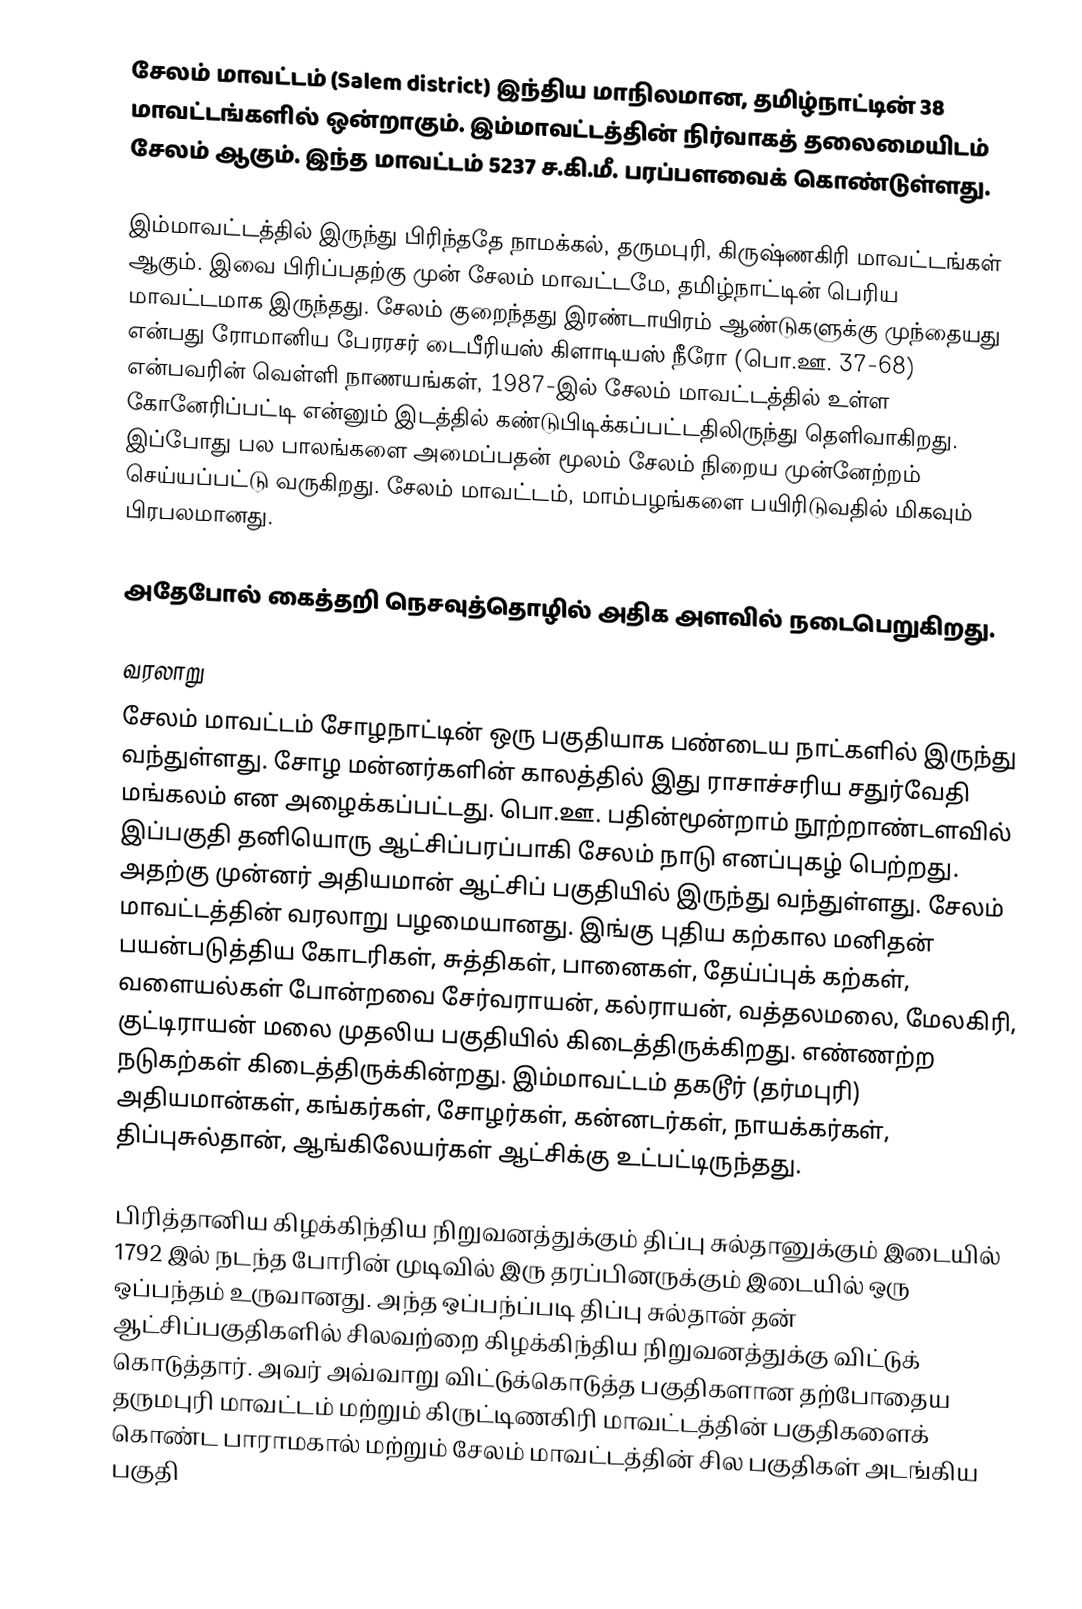
சேலம் மாவட்டம் (Salem district) இந்திய மாநிலமான, தமிழ்நாட்டின் 38 மாவட்டங்களில் ஒன்றாகும். இம்மாவட்டத்தின் நிர்வாகத் தலைமையிடம் சேலம் ஆகும். இந்த மாவட்டம் 5237 ச.கி.மீ. பரப்பளவைக் கொண்டுள்ளது.

இம்மாவட்டத்தில் இருந்து பிரிந்ததே நாமக்கல், தருமபுரி, கிருஷ்ணகிரி மாவட்டங்கள் ஆகும். இவை பிரிப்பதற்கு முன் சேலம் மாவட்டமே, தமிழ்நாட்டின் பெரிய மாவட்டமாக இருந்தது. சேலம் குறைந்தது இரண்டாயிரம் ஆண்டுகளுக்கு முந்தையது என்பது ரோமானிய பேரரசர் டைபீரியஸ் கிளாடியஸ் நீரோ (பொ.ஊ. 37-68) என்பவரின் வெள்ளி நாணயங்கள், 1987-இல் சேலம் மாவட்டத்தில் உள்ள கோனேரிப்பட்டி என்னும் இடத்தில் கண்டுபிடிக்கப்பட்டதிலிருந்து தெளிவாகிறது. இப்போது பல பாலங்களை அமைப்பதன் மூலம் சேலம் நிறைய முன்னேற்றம் செய்யப்பட்டு வருகிறது. சேலம் மாவட்டம், மாம்பழங்களை பயிரிடுவதில் மிகவும் பிரபலமானது.

அதேபோல் கைத்தறி நெசவுத்தொழில் அதிக அளவில் நடைபெறுகிறது.

வரலாறு
சேலம் மாவட்டம் சோழநாட்டின் ஒரு பகுதியாக பண்டைய நாட்களில் இருந்து வந்துள்ளது. சோழ மன்னர்களின் காலத்தில் இது ராசாச்சரிய சதுர்வேதி மங்கலம் என அழைக்கப்பட்டது. பொ.ஊ. பதின்மூன்றாம் நூற்றாண்டளவில் இப்பகுதி தனியொரு ஆட்சிப்பரப்பாகி சேலம் நாடு எனப்புகழ் பெற்றது. அதற்கு முன்னர் அதியமான் ஆட்சிப் பகுதியில் இருந்து வந்துள்ளது. சேலம் மாவட்டத்தின் வரலாறு பழமையானது. இங்கு புதிய கற்கால மனிதன் பயன்படுத்திய கோடரிகள், சுத்திகள், பானைகள், தேய்ப்புக் கற்கள், வளையல்கள் போன்றவை சேர்வராயன், கல்ராயன், வத்தலமலை, மேலகிரி, குட்டிராயன் மலை முதலிய பகுதியில் கிடைத்திருக்கிறது. எண்ணற்ற நடுகற்கள் கிடைத்திருக்கின்றது. இம்மாவட்டம் தகடூர் (தர்மபுரி) அதியமான்கள், கங்கர்கள், சோழர்கள், கன்னடர்கள், நாயக்கர்கள், திப்புசுல்தான், ஆங்கிலேயர்கள் ஆட்சிக்கு உட்பட்டிருந்தது.

பிரித்தானிய கிழக்கிந்திய நிறுவனத்துக்கும் திப்பு சுல்தானுக்கும் இடையில் 1792 இல் நடந்த போரின் முடிவில் இரு தரப்பினருக்கும் இடையில் ஒரு ஒப்பந்தம் உருவானது. அந்த ஒப்பந்ப்படி திப்பு சுல்தான் தன் ஆட்சிப்பகுதிகளில் சிலவற்றை கிழக்கிந்திய நிறுவனத்துக்கு விட்டுக் கொடுத்தார். அவர் அவ்வாறு விட்டுக்கொடுத்த பகுதிகளான தற்போதைய தருமபுரி மாவட்டம் மற்றும் கிருட்டிணகிரி மாவட்டத்தின் பகுதிகளைக் கொண்ட பாராமகால் மற்றும் சேலம் மாவட்டத்தின் சில பகுதிகள் அடங்கிய பகுதி